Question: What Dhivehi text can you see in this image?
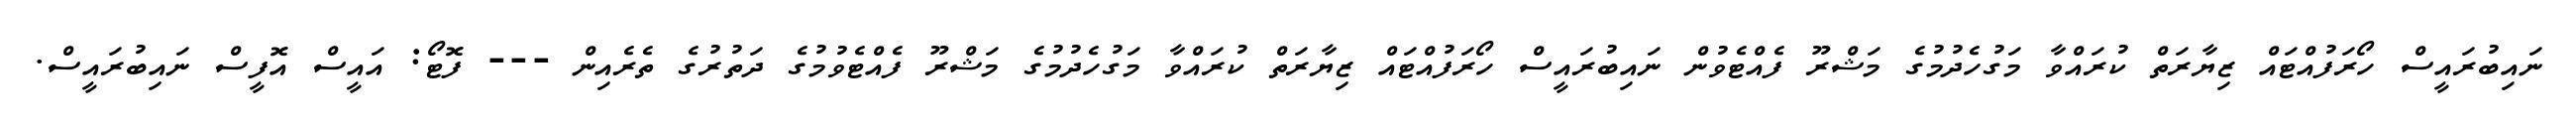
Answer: ނައިބުރައީސް ހޯރަފުއްޓައް ޒިޔާރަތް ކުރައްވާ މަގުހެދުމުގެ މަޝްރޫ ފެއްޓެވުން ނައިބުރައީސް ހޯރަފުއްޓައް ޒިޔާރަތް ކުރައްވާ މަގުހެދުމުގެ މަޝްރޫ ފެއްޓެވުމުގެ ދަތުރުގެ ތެރެއިން --- ފޮޓޯ: އައީސް އޮފީސް ނައިބުރައީސް.